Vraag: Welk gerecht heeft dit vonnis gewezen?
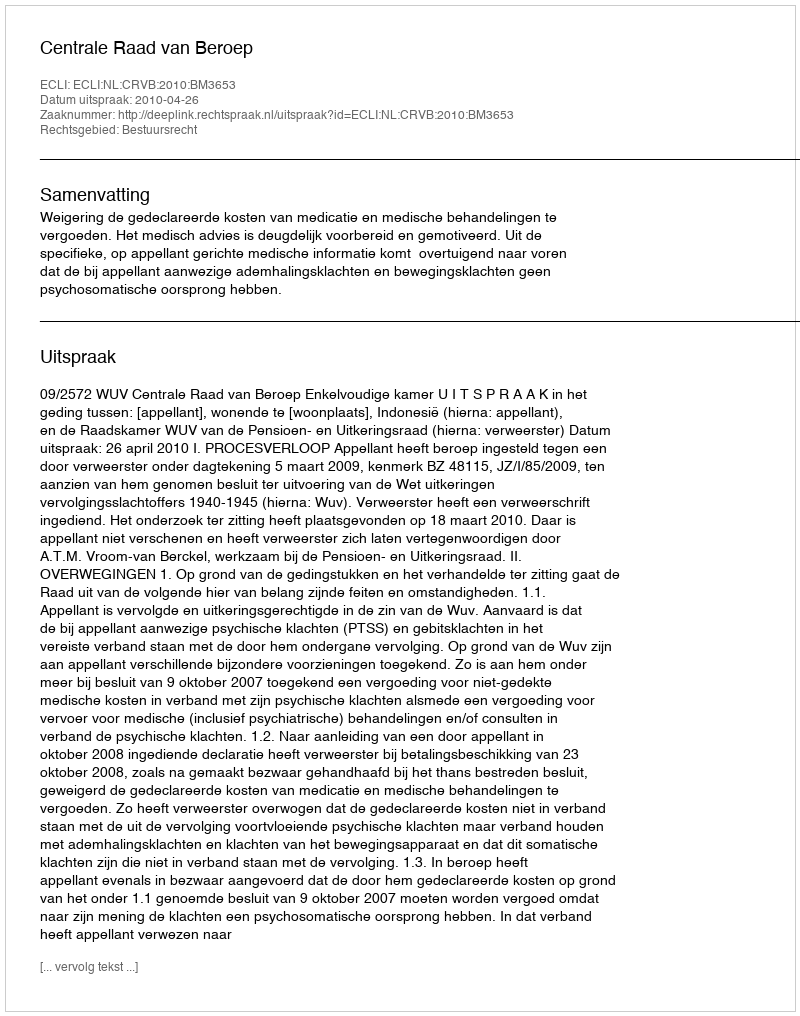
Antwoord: Centrale Raad van Beroep